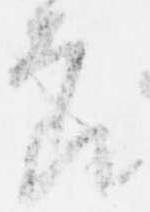
節